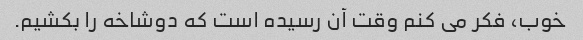
خوب، فکر می کنم وقت آن رسیده است که دوشاخه را بکشیم.